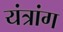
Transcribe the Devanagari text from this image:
यंत्रांग